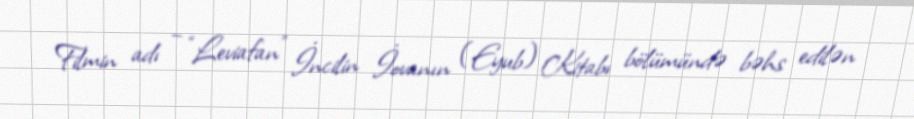
Filmin adı – “Leviafan” İncilin İovanın (Eyub) Kitabı bölümündə bəhs edilən